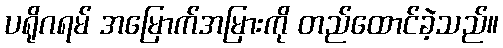
ပရိုဂရမ် အမြောက်အမြားကို တည်ထောင်ခဲ့သည်။